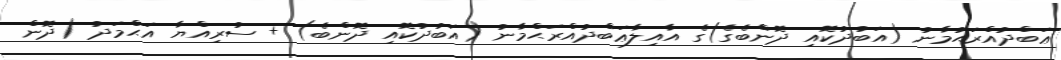
ޢަބްދުއްރަޙުމާނު (އަބުދުކޮއި ދޮންބެގެ)ގެ އާއިލާޢަބްދުއްރަޙްމާނު (އަބުދުކޮއި ދޮންބެ) + ސުރިއްޔާ އަޙްމަދު (ދޮން